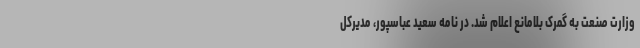
وزارت صنعت به گمرک بلامانع اعلام شد. در نامه سعید عباسپور، مدیرکل